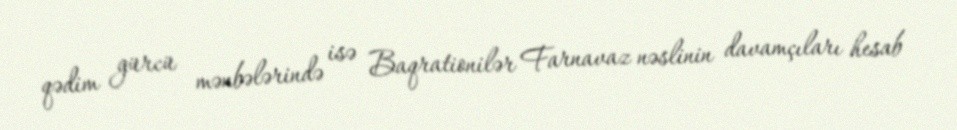
qədim gürcü mənbələrində isə Baqrationilər Farnavaz nəslinin davamçıları hesab